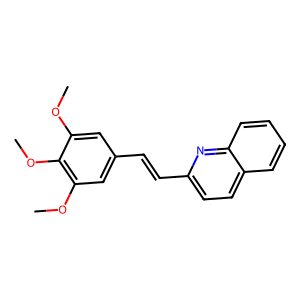
SMILES: COc1cc(C=Cc2ccc3ccccc3n2)cc(OC)c1OC
Inhibits HIV replication: No